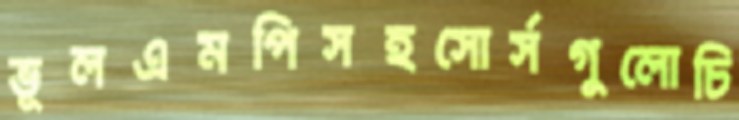
ভূলএমপিসহসোর্সগুলোচি